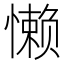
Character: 懒